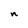
Character: n